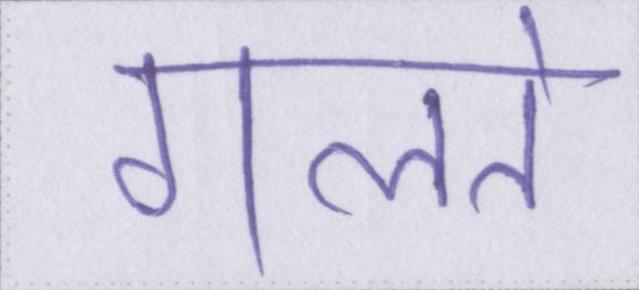
गलते